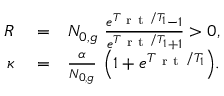
\begin{array} { r l r } { R } & { { } = } & { N _ { 0 , g } \ \frac { e ^ { T _ { \mathrm { ~ r ~ t ~ } } / T _ { 1 } } - 1 } { e ^ { T _ { \mathrm { ~ r ~ t ~ } } / T _ { 1 } } + 1 } > 0 , } \\ { \kappa } & { { } = } & { \frac { \alpha } { N _ { 0 , g } } \ \Big ( 1 + e ^ { T _ { \mathrm { ~ r ~ t ~ } } / T _ { 1 } } \Big ) . } \end{array}